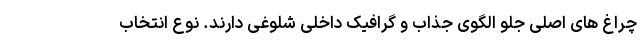
چراغ های اصلی جلو الگوی جذاب و گرافیک داخلی شلوغی دارند. نوع انتخاب